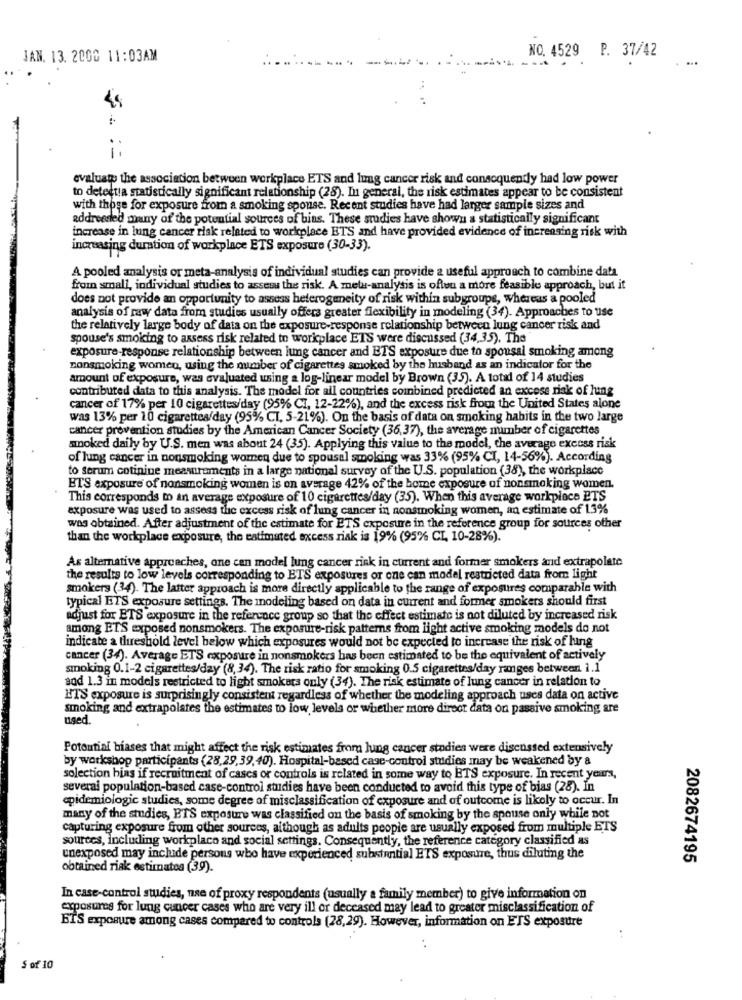
NO. 4529 P. 37/42
JAN. 13. 2000 11:03AM
evaluate the association between workplace ETS and lung cancer risk and consequently had low power
to detectla statistically significant relationship (28). In general, the risk estimates appear to be consistent
with those for exposure from a smoking spouse. Recent studies have had larger sample sizes and
addressed many of the potential sources of bins. These studies have shown a statistically significant
increase in lung cancer risk related to workplace ETS and have provided evidence of increasing risk with
increasing duration of workplace ETS exposure (30-33).
A pooled analysis or meta-analysis of individual studies can provide a useful approach to combine data
from small, individual studies to assess the risk. A meta-analysis is often a more feasible approach, but it
does not provide an opportunity to assess heterogeneity of risk within subgroups, whereas a pooled
analysis of raw data from studies usually offers greater flexibility in modeling (34). Approaches to use
the relatively large body of data on the exposure-response relationship between lung cancer risk and
spouse's smoking to assess risk related to workplace ETS were discussed (34,35), The
exposure-response relationship between lung cancer and ETS exposure due to spousal smoking among
nonsmoking women, using the number of cigarettes smoked by the husband as an indicator for the
amount of exposure, was evaluated using a log-linear model by Brown (35). A total of 14 studies
contributed data to this analysis. The model for all countries combined predicted an excess risk of hung
cancer of 17% per 10 cigarettes/day (95% CI, 12-22%), and the excess risk from the United States alone
was 13% per 10 cigarettes/day (95% CT, 5-21%). On the basis of data on smoking habits in the two large
cancer prevention studies by the American Cancer Society (36,37), the average number of cigarettes
smoked daily by U.S. men was about 24 (35). Applying this value to the model, che average excess risk
of lung cancer in nonsmoking women due to spousal smoking was 33% (95% CI, 14-56%). According
to Serum cotiniue measurements in a large national survey of the U.S. population (38), the workplace
ETS exposure of nonsmoking women is on average 42% of the home exposure of nonsmoking women.
This corresponds to an average exposure of 10 cigarettes/day (35). When this average workplace ETS
exposure was used to assess the excess risk of lung cancer in nonsmoking women, an estimate of 1.3%
was obtained. After adjustment of the estimate for ETS exposure in the reference group for sources other
than the workplace exposure, the estimated excess riak is 19% (95% CI, 10-28%).
As alternative approaches, one can model lung cancer risk in current and former smokers and extrapolate
the results to low levels corresponding to ETS exposures or one can model restricted data from light
smokers (34). The latter approach is more directly applicable to the range of exposures comparable with
typical ETS exposure settings. The modeling based on data in current and former smokers should first
adjust for ETS exposure in the reference group so that the effect estimate is not diluted by increased risk
among ETS exposed nonsmokers. The exposure-risk patterns from light active smoking models do not
indicate a threshold level below which exposures would not be expected to increase the risk of hing
cancer (34). Average ETS exposure in nonsmokers has been estimated to be the equivalent of actively
smoking 0.1-2 cigarettes/day (8,34). The risk ratio for smoking 0.5 cigarettes/day ranges between 1.1
aod 1.3 in models restricted to light smokers only (34). The risk estimate of lung cancer in relation to
HTS exposure is surprisingly consistent regardless of whether the modeling approach uses data on active
smoking and extrapolates the estimates to low levels or whether more direct data on passive smoking are
uged.
Potential biases that might affect the risk estimates from lung cancer studies were discussed extensively
by workshop participants (28,29,39,40). Hospital-based case-control studies may be weakened by a
solection bins if recruitment of cases or controls is related in some way to BTS exposure. In recent years,
several population-based case-control studies have been conducted to avoid this type of bias (28). In
epidemiologic studies, some degree of misclassification of exposure and of outcome is likely to occur. In
many of the studies, BTS exposure was classified on the basis of smoking by the spouse only while not
capturing exposure from other sources, although as adults people are usually exposed from multiple ETS
sources, Including workplace and social settings. Consequently, the reference category classified as
unexposed may include persons who have experienced substantial ETS exposure, thus diluting the
2082674195
obtained risk estimates (39).
In case-control studies, use of proxy respondents (usually a family member) to give information on
exposures for lung cancer cases who are very ill or deceased may lead to greater misclassification of
BIS exposure among cases compared to controla (28,29). However, information on ETS exposure
S of 10